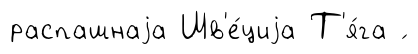
распашнаjа Шв'е́циjа Т'я́га ́